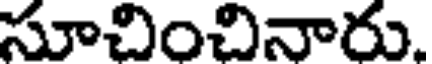
సూచించినారు.